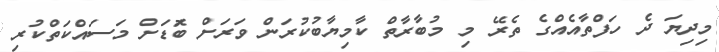
މިދިޔަ ދެ ހަފްތާއެއްގެ ތެރޭ މި މުބާރާތް ކާމިޔާބުކުރަން ވަރަށް ބޮަޑަށް މަސައްކަތްކުރި